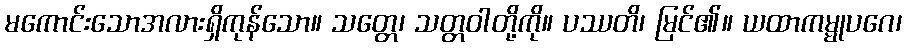
မကောင်းသောအလားရှိကုန်သော။ သတ္တေ၊ သတ္တဝါတို့ကို။ ပဿတိ၊ မြင်၏။ ယထာကမ္မုပဂေ၊